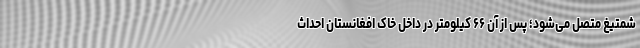
شمتیغ متصل می‌شود؛ پس از آن ۶۶ کیلومتر در داخل خاک افغانستان احداث